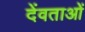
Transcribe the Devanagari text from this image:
देंवताओं